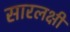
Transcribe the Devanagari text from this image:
सारलक्षी